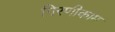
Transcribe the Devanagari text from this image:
गिरणीकाम